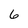
Character: 6